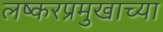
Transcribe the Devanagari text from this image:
लष्करप्रमुखाच्या